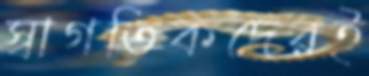
স্বাগতিকদেরই